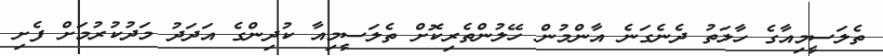
ތެލަސީމިއާގެ ހާލަތު ދެނެގަނެ އާންމުން ހޭލުންތެރިކޮށް ތެލަސީމިއާ ކުދިންގެ އަދަދު މަދުކުރުމަށް ފެށި